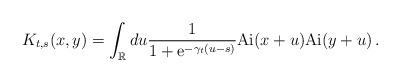
\begin{align*}K_{t,s}(x,y) = \int_\mathbb{R} du \frac{1}{1 + \mathrm{e}^{- \gamma_t (u -s)}}\mathrm{Ai}(x+u)\mathrm{Ai}(y+u)\,.\end{align*}